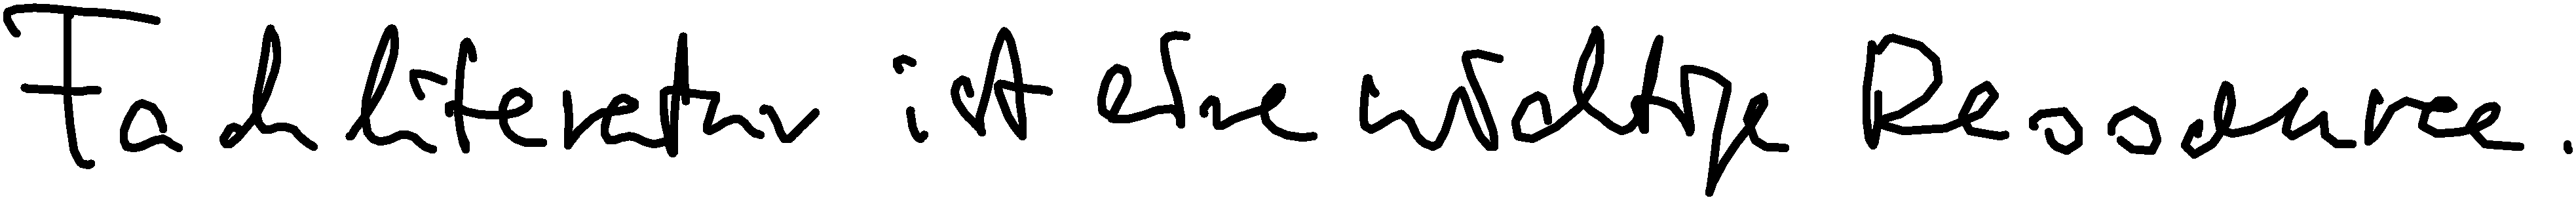
Fachliteratur ist eine wichtige Ressource.